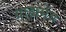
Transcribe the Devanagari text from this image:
ग्राह्यमेव